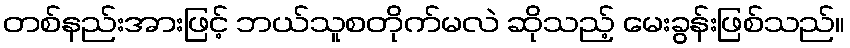
တစ်နည်းအားဖြင့် ဘယ်သူစတိုက်မလဲ ဆိုသည့် မေးခွန်းဖြစ်သည်။